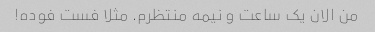
من الان یک ساعت و نیمه منتظرم. مثلا فست فوده!